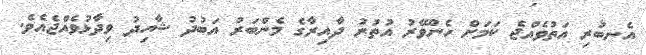
އެނބުރި އަތުވެއްޖެ ކަމަށް ހެންވޭރު އުތުރު ދާއިރާގެ މެންބަރު އަބުދު ޝާހިދު ވިދާޅުވެއްޖެއެވެ.